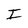
Character: I